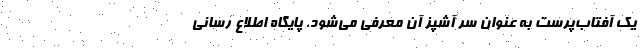
یک آفتاب‌پرست به عنوان سر آشپز آن معرفی می‌شود. پایگاه اطلاع رسانی